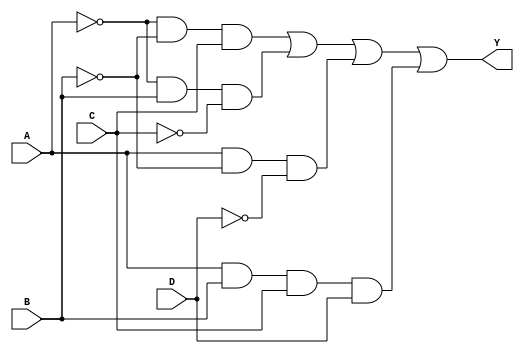
module combinational_logic_block (
    input wire A,  // Input A
    input wire B,  // Input B
    input wire C,  // Input C
    input wire D,  // Input D
    output wire Y  // Output Y
);

// Define the minimized logic expression.
// For example, let's assume the minimized expression is:
// Y = A'B'C + A'BC' + AB'D' + ABC
// This corresponds to minterms: 3, 5, 8, 15 (for example)

assign Y = (~A & ~B & C) | (~A & B & ~C) | (A & ~B & ~D) | (A & B & C & D);

endmodule